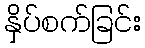
နှိပ်စက်ခြင်း